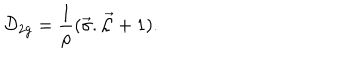
LaTeX: { \cal D } _ { 2 g } = \frac { 1 } { \rho } ( \vec { \sigma } . \vec { \cal L } + 1 ) .